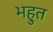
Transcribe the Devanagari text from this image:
भहुत